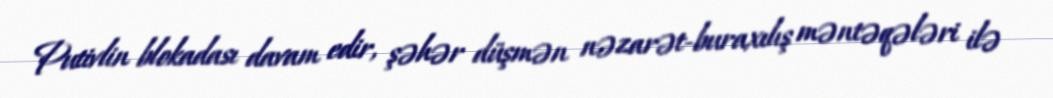
Putivlin blokadası davam edir, şəhər düşmən nəzarət-buraxılış məntəqələri ilə